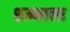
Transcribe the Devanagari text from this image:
शम्भाला